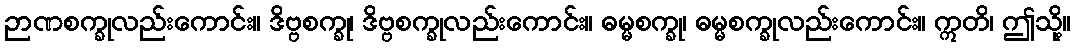
ဉာဏစက္ခုလည်းကောင်း။ ဒိဗ္ဗစက္ခု၊ ဒိဗ္ဗစက္ခုလည်းကောင်း။ ဓမ္မစက္ခု၊ ဓမ္မစက္ခုလည်းကောင်း။ ဣတိ၊ ဤသို့။